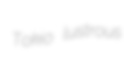
Tokio lustrous